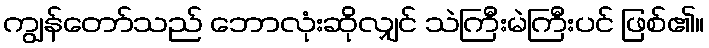
ကျွန်တော်သည် ဘောလုံးဆိုလျှင် သဲကြီးမဲကြီးပင် ဖြစ်၏။